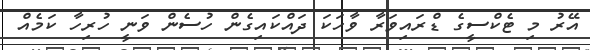
އޭރު މި ޓެކްސީގެ ޑްރައިވަރާ ވާހަކަ ދައްކައިގެން ހުސެން ވަނީ ހުރިހާ ކަމެއް